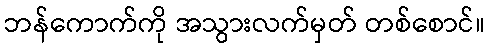
ဘန်ကောက်ကို အသွားလက်မှတ် တစ်စောင်။